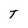
Character: T